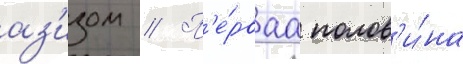
аз'изом // П'е́рваа полов'и́на